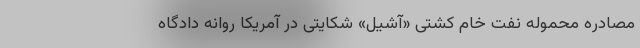
مصادرهٔ محمولهٔ نفت خام کشتی «آشیل» شکایتی در آمریکا روانهٔ دادگاه